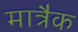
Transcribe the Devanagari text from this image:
मात्रैक